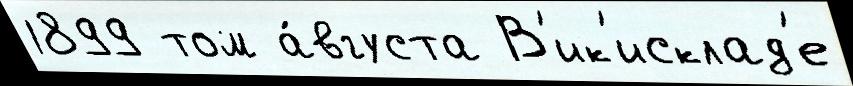
1899 том а́вгуста В'ик'исклад'е